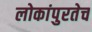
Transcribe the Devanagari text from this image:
लोकांपुरतेच